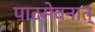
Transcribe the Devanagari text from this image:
पादसेवनात्